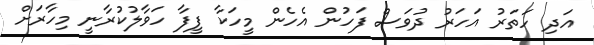
އަދި ހަތަރު އަހަރު ދުވަސް ފަހުން އެހެން މީހަކާ ފީފާ ހަވާލުކުރާނީ މިހާރަށް